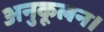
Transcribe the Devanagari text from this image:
अनुकूलन।